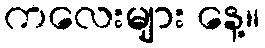
ကလေးများ နေ့။